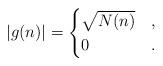
LaTeX: \begin{align*} |g(n)|& =\begin{cases} \sqrt{N(n)} & , \\ 0 & . \end{cases}\end{align*}